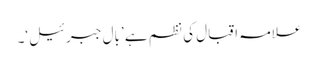
علامہ اقبال کی نظم ہے ’بالِ جبرئیل‘۔